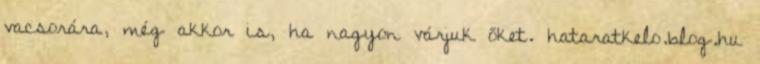
vacsorára, még akkor is, ha nagyon várjuk őket. hataratkelo.blog.hu